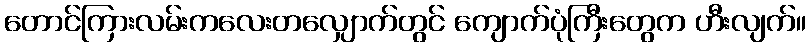
တောင်ကြားလမ်းကလေးတလျှောက်တွင် ကျောက်ပုံကြီးတွေက ဟီးလျက်။